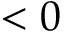
< 0